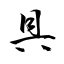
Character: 具